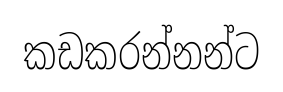
කඩකරන්නන්ට